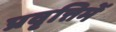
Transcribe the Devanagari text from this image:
प्रवृत्तिमें